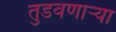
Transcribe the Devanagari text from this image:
तुडवणाऱ्या